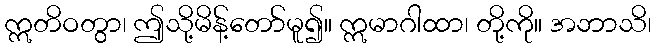
ဣတိဝတွာ၊ ဤသို့မိန့်တော်မူ၍။ ဣမာဂါထာ၊ တို့ကို။ အဘာသိ၊